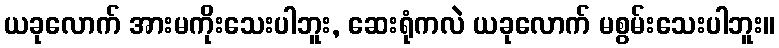
ယခုလောက် အားမကိုးသေးပါဘူး, ဆေးရုံကလဲ ယခုလောက် မစွမ်းသေးပါဘူး။